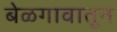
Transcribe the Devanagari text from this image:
बेळगावातून